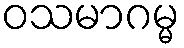
ဝသမာဂမ္မ